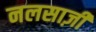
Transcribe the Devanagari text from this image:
नलसाज़ी